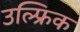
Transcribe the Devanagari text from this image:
उल्फ्रिक